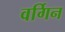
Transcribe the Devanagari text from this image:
वर्गिन